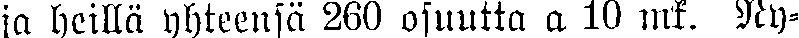
jo heillä yhteensä 260 osuutta a 10 mk. Ny-